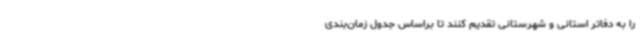
را به دفاتر استانی و شهرستانی تقدیم کنند تا براساس جدول زمان‌بندی